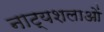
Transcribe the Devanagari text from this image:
नाट्यशलाओं